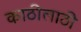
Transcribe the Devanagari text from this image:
काठीलाठी